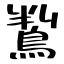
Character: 鵥